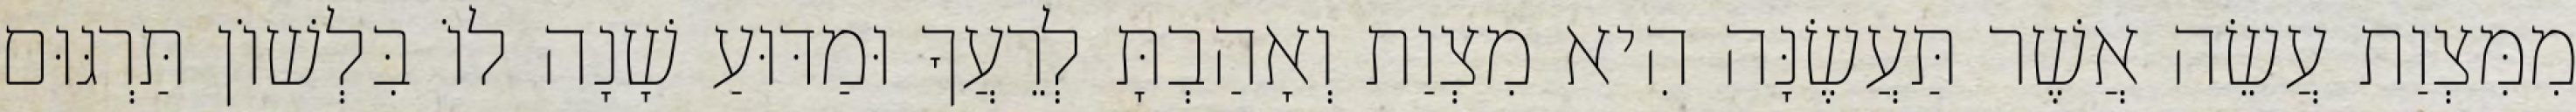
מִמִּצְוַת עֲשֵׂה אֲשֶׁר תַּעֲשֶׂנָּה הִיא מִצְוַת וְאָהַבְתָּ לְרֵעֲךָ וּמַדּוּעַ שָׁנָה לוֹ בִּלְשׁוֹן תַּרְגּוּם